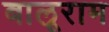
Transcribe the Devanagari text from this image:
बालूराम